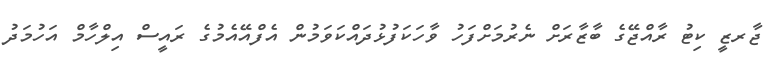
ޖާރޒީ ކިޓު ރާއްޖޭގެ ބާޒާރަށް ނެރުމަށްފަހު ވާހަކަފުޅުދައްކަވަމުން އެފްއޭއެމުގެ ރައީސް އިލްހާމް އަހުމަދު